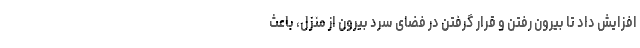
افزایش داد تا بیرون رفتن و قرار گرفتن در فضای سرد بیرون از منزل، باعث